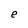
Character: e